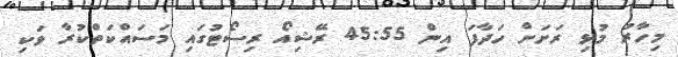
މިހާރު މުޅި ރަށަށް ހަދާފަ އިން 45:55 ރޭޝިއޯ ރިސޯޓުގައި މަސައްކަތްކުރާ ވަކި